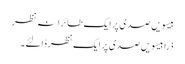
بیسویں صدی پر ایک طائرانہ نظر
ذرا بیسویں صدی پر ایک نظر ڈالئے۔